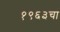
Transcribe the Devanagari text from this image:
१९६३चा